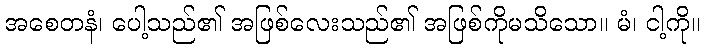
အစေတနံ၊ ပေါ့သည်၏ အဖြစ်လေးသည်၏ အဖြစ်ကိုမသိသော။ မံ၊ ငါ့ကို။